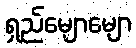
ရှည်မျောမျော